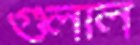
গুলাল